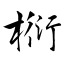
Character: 椼